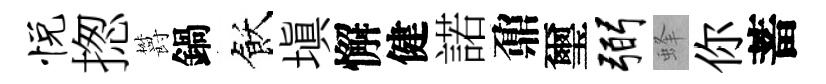
悦揔欝鍋飫填懈健諾鼐璽弼蜂你蓄